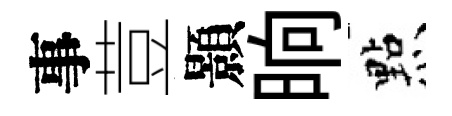
事荳顥晌㸃